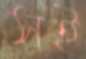
সই